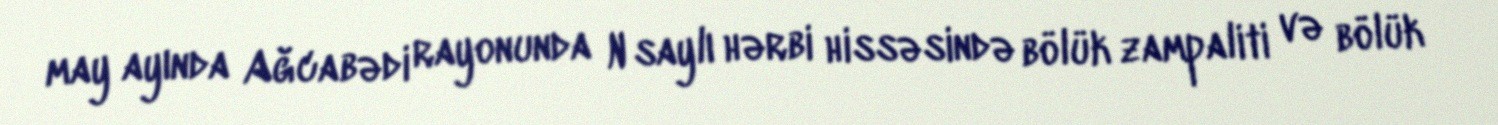
may ayında Ağcabədi rayonunda N saylı hərbi hissəsində bölük zampaliti və bölük